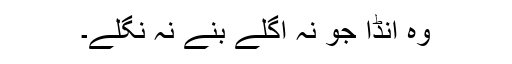
وہ انڈا جو نہ اگلے بنے نہ نگلے۔